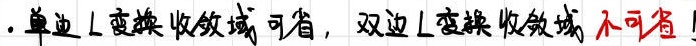
. 单边 L 变换收敛域可省，双边 L 变换收敛域 不可省！